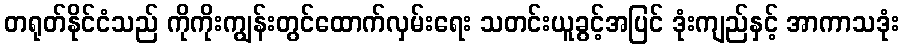
တရုတ်နိုင်ငံသည် ကိုကိုးကျွန်းတွင်ထောက်လှမ်းရေး သတင်းယူခွင့်အပြင် ဒုံးကျည်နှင့် အာကာသဒုံး